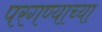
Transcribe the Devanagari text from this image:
परगण्याच्या